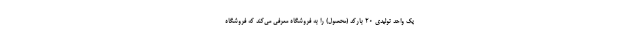
یک واحد تولیدی ۲۰ بارکد (محصول) را به فروشگاه‌ معرفی می‌کند که فروشگاه